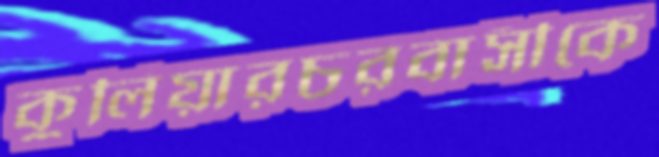
কুলিয়ারচরবাসীকে